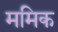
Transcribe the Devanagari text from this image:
ममिक